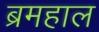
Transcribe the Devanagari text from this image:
ब्रमहाल